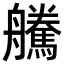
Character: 𦫀